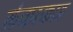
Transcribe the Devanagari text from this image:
लंकाकाड